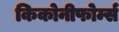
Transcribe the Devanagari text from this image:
किकोनीफोर्म्स